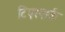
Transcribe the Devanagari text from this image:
टिएरपार्क